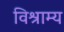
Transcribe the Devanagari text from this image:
विश्राम्य